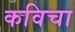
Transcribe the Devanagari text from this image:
कविचा